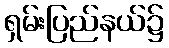
ရှမ်းပြည်နယ်၌